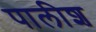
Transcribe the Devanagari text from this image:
पालीश